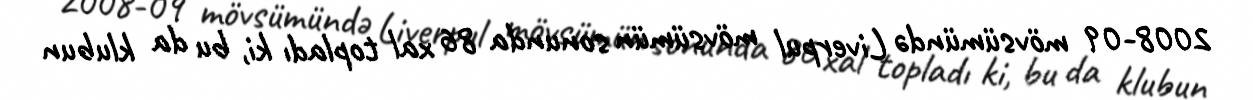
2008-09 mövsümündə Liverpul mövsümün sonunda 86 xal topladı ki, bu da klubun